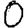
Digit: 0